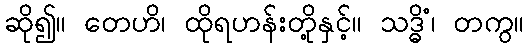
ဆို၍။ တေဟိ၊ ထိုရဟန်းတို့နှင့်။ သဒ္ဓိံ၊ တကွ။